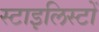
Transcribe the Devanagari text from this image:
स्टाइलिस्टों